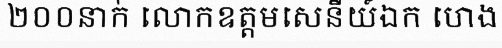
២០០នាក់ លោកឧត្តមសេនីយ៍ឯក ហេង